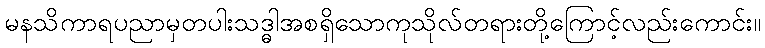
မနသိကာရပညာမှတပါးသဒ္ဓါအစရှိသောကုသိုလ်တရားတို့ကြောင့်လည်းကောင်း။